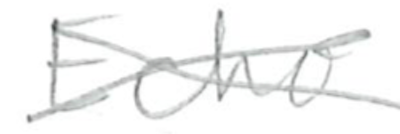
Text: Echo
Cross-out: cross
Writing tool: pencil